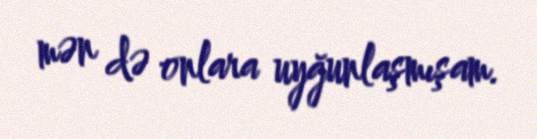
mən də onlara uyğunlaşmışam.